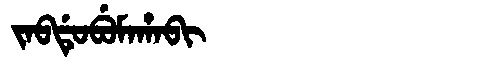
Manchu: ᠵᠠᠪᡩᡠᠪᡠᠮᠠᡥᠠᠪᡳ
Romanization: JABDUBUMAHABI